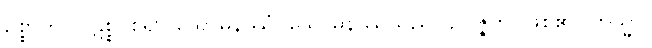
ဥစ္စာကို။ ပဋိစ္စ၊ စွဲ၍။ သောမနဿံ၊ သောမနဿသည်။ ဥပ္ပဇ္ဇတိ၊ ဖြစ်၏။ တသ္မာ၊